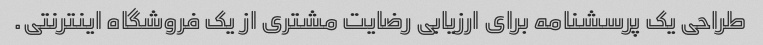
طراحی یک پرسشنامه برای ارزیابی رضایت مشتری از یک فروشگاه اینترنتی.